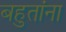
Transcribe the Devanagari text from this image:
बहुतांना